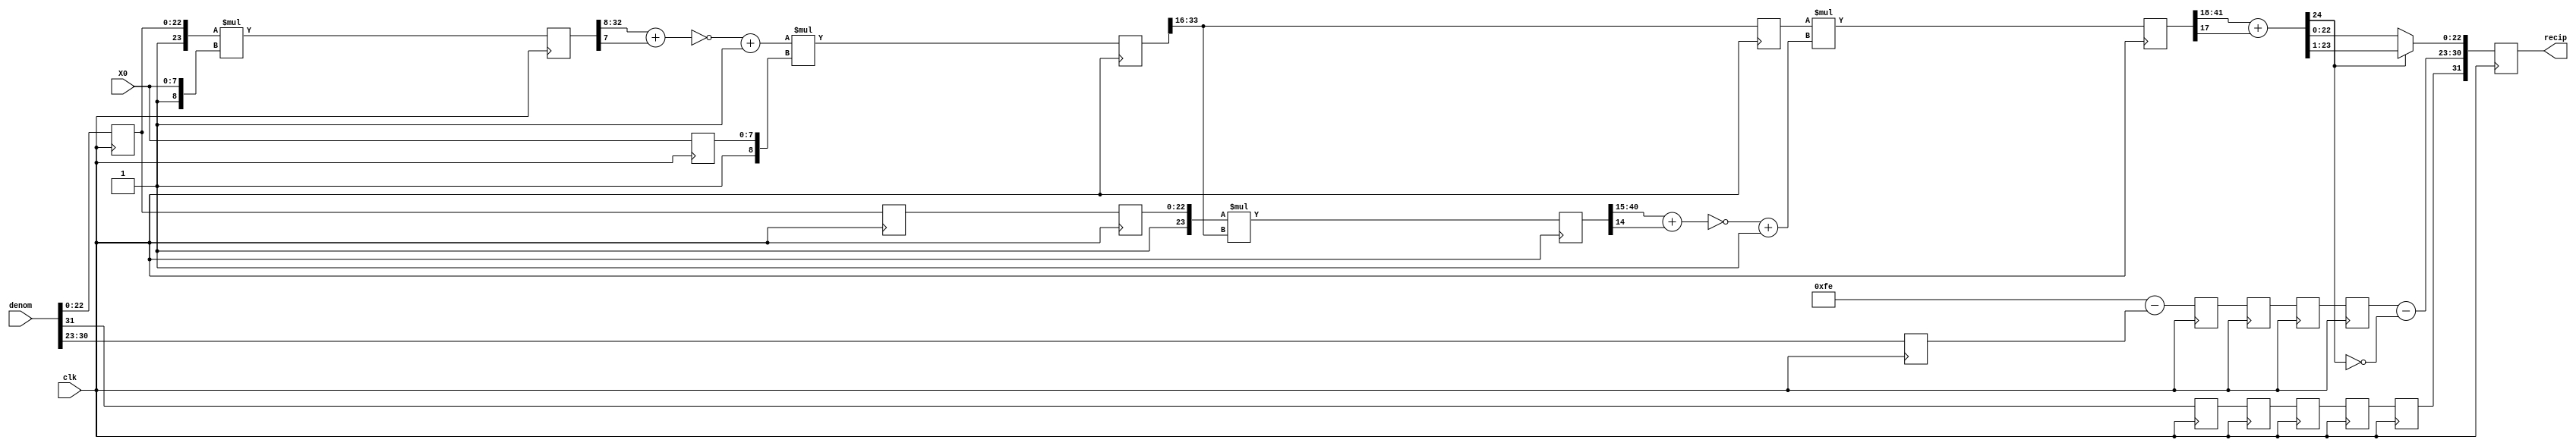
module flt_recip_iter_1
   (
   input	 clk,
   input [7:0]	 X0,
   input [31:0]	 denom,
   output reg [31:0] recip
   );
   reg		 sign;
   reg [30:23]	 exp;
   reg [22:0]	 B;
   wire [24:0]	 round;
   reg  [32:0]	 mult1;
   wire [32:8]	 round_mult1;
   reg  [34:0]	 mult2;
   reg  [41:0]	 mult3;
   wire [25:0]	 round_mult3;
   reg  [43:0]	 mult4;
   wire [24:0]	 sub1;
   wire [25:0]	 sub2;
   reg		 sign1, sign1a, sign2, sign2a;
   reg [30:23]	 exp1, exp1a, exp2, exp3;
   reg [7:0]	 X0_reg;
   wire [24:0]	 pipe1;
   reg [17:0]	 X1_reg;
   reg [22:0]	 B1;
   reg [22:0]	 B1a;
   wire [30:23]	 exp_after_norm;
   reg [23:0]	 round_after_norm;
   always @(posedge clk) begin
   	sign <= denom[31];
   	exp  <= denom[30:23];
   	B    <= denom[22:0];
   end
   always @(posedge clk) begin
   	 mult1  <= ({1'b1,B} * {1'b1,X0});
	 X0_reg <= X0;
	 sign1  <= sign;
	 exp1   <= 8'hFE - exp;
	 B1     <= B;
   end
   assign round_mult1  = mult1[32:8] + mult1[7];
   assign pipe1 =  (~round_mult1) + 25'h1; 
   always @(posedge clk) begin
	 mult2  <= (pipe1 * {1'b1,X0_reg});
	 exp1a  <= exp1;
	 sign1a <= sign1;
	 B1a    <= B1;
   end
   always @(posedge clk) begin
   	 mult3 <= ({1'b1,B1a} * mult2[33:16]);
	 sign2a <= sign1a;
	 exp2 <= exp1a;
	 X1_reg <= mult2[33:16];
   end
   assign round_mult3 = mult3[40:15] + mult3[14];
   assign sub2 = ~(round_mult3) + 26'h1; 
   always @(posedge clk) begin
	 exp3  <= exp2;
   	 mult4 <= (X1_reg * sub2);
	 sign2 <= sign2a;
   end
   assign round = mult4[41:18] + mult4[17];
   assign exp_after_norm = exp3 - !round[24];
   always @(round) begin
      if (round[24]) begin 
	 round_after_norm <= round[24:1];
      end
      else begin           
	 round_after_norm <= round[23:0];
      end
   end
   always @(posedge clk) recip <= {sign2,exp_after_norm,round_after_norm[22:0]};
endmodule